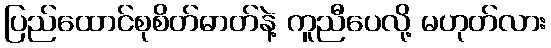
ပြည်ထောင်စုစိတ်ဓာတ်နဲ့ ကူညီပေလို့ မဟုတ်လား